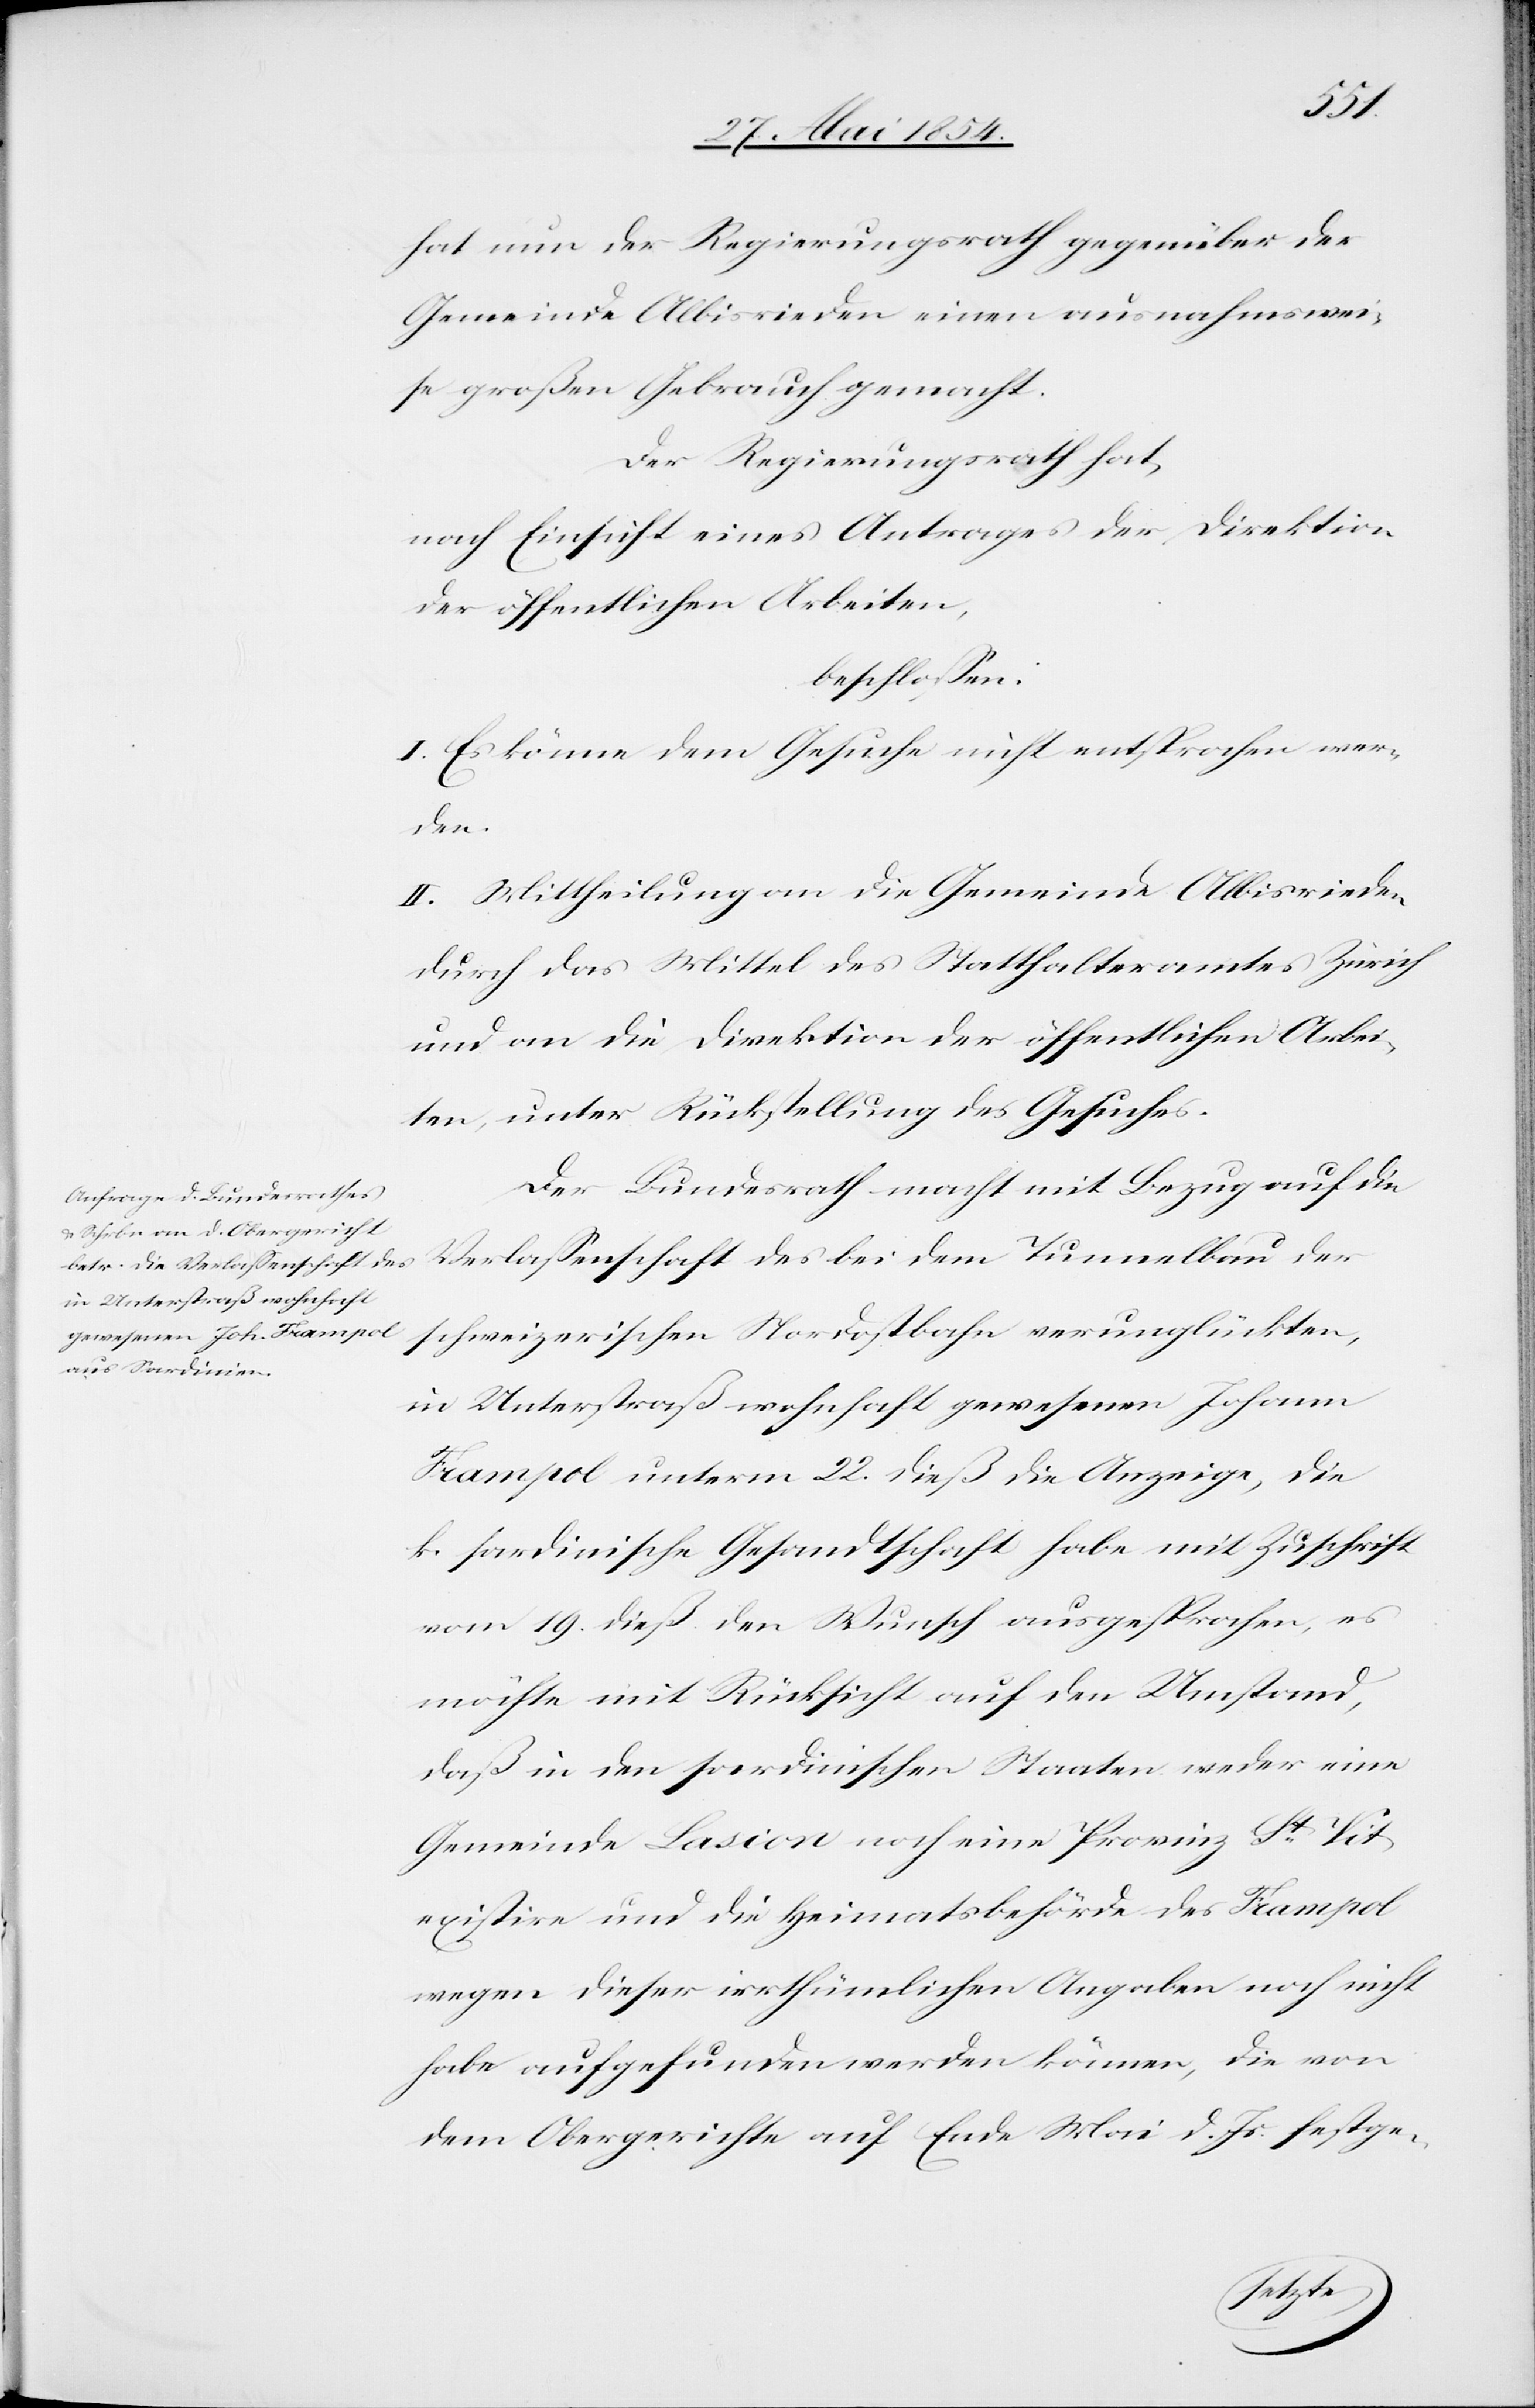
hat nun der Regierungsrath gegenüber der
Gemeinde Albisrieden einen ausnahmswei¬
se großen Gebrauch gemacht.
Der Regierungsrath hat,
nach Einsicht eines Antrages der Direktion
der öffentlichen Arbeiten,
beschloßen:
I. Es könne dem Gesuche nicht entsprochen wer¬
der
II. Mittheilung an die Gemeinde Albisrieden
durch das Mittel des Statthalteramtes Zürich
und an die Direktion der öffentlichen Arbei¬
ten, unter Rückstellung des Gesuches.
Der Bundesrath macht mit Bezug auf die
schweizerischen Nordostbahn verunglückten,
in Unterstraß wohnhaft gewesenen Johann
Frampol unterm 22. dieß die Anzeige, die
k. sardinische Gesandtschaft habe mit Zuschrift
vom 19. dieß den Wunsch ausgesprochen, es
möchte mit Rücksicht auf den Umstand,
daß in den sardinischen Staaten weder eine
Gemeinde Lasion noch eine Provinz St Vit
existire und die Heimatsbehörde des Frampol
wegen dieser irrthümlichen Angaben noch nicht
habe aufgefunden werden können, die von
dem Obergerichte auf Ende Mai d. Js. festge-